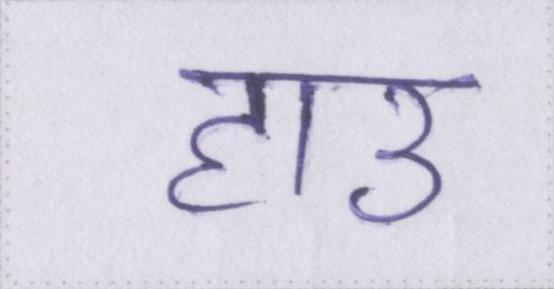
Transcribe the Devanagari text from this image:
हाउ